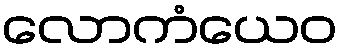
လောကံယေဝ